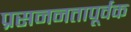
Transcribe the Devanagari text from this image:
प्रसननतापूर्वक